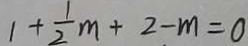
1 + \frac { 1 } { 2 } m + 2 - m = 0